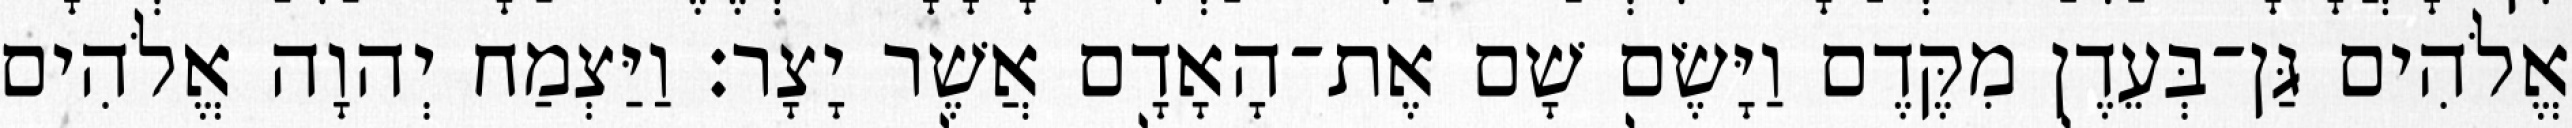
אֱלֹהִים גַּן־בְּעֵדֶן מִקֶּדֶם וַיָּשֶׂם שָׁם אֶת־הָאָדָם אֲשֶׁר יָצָר׃ וַיַּצְמַח יְהוָה אֱלֹהִים